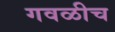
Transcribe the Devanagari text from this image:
गवळीच